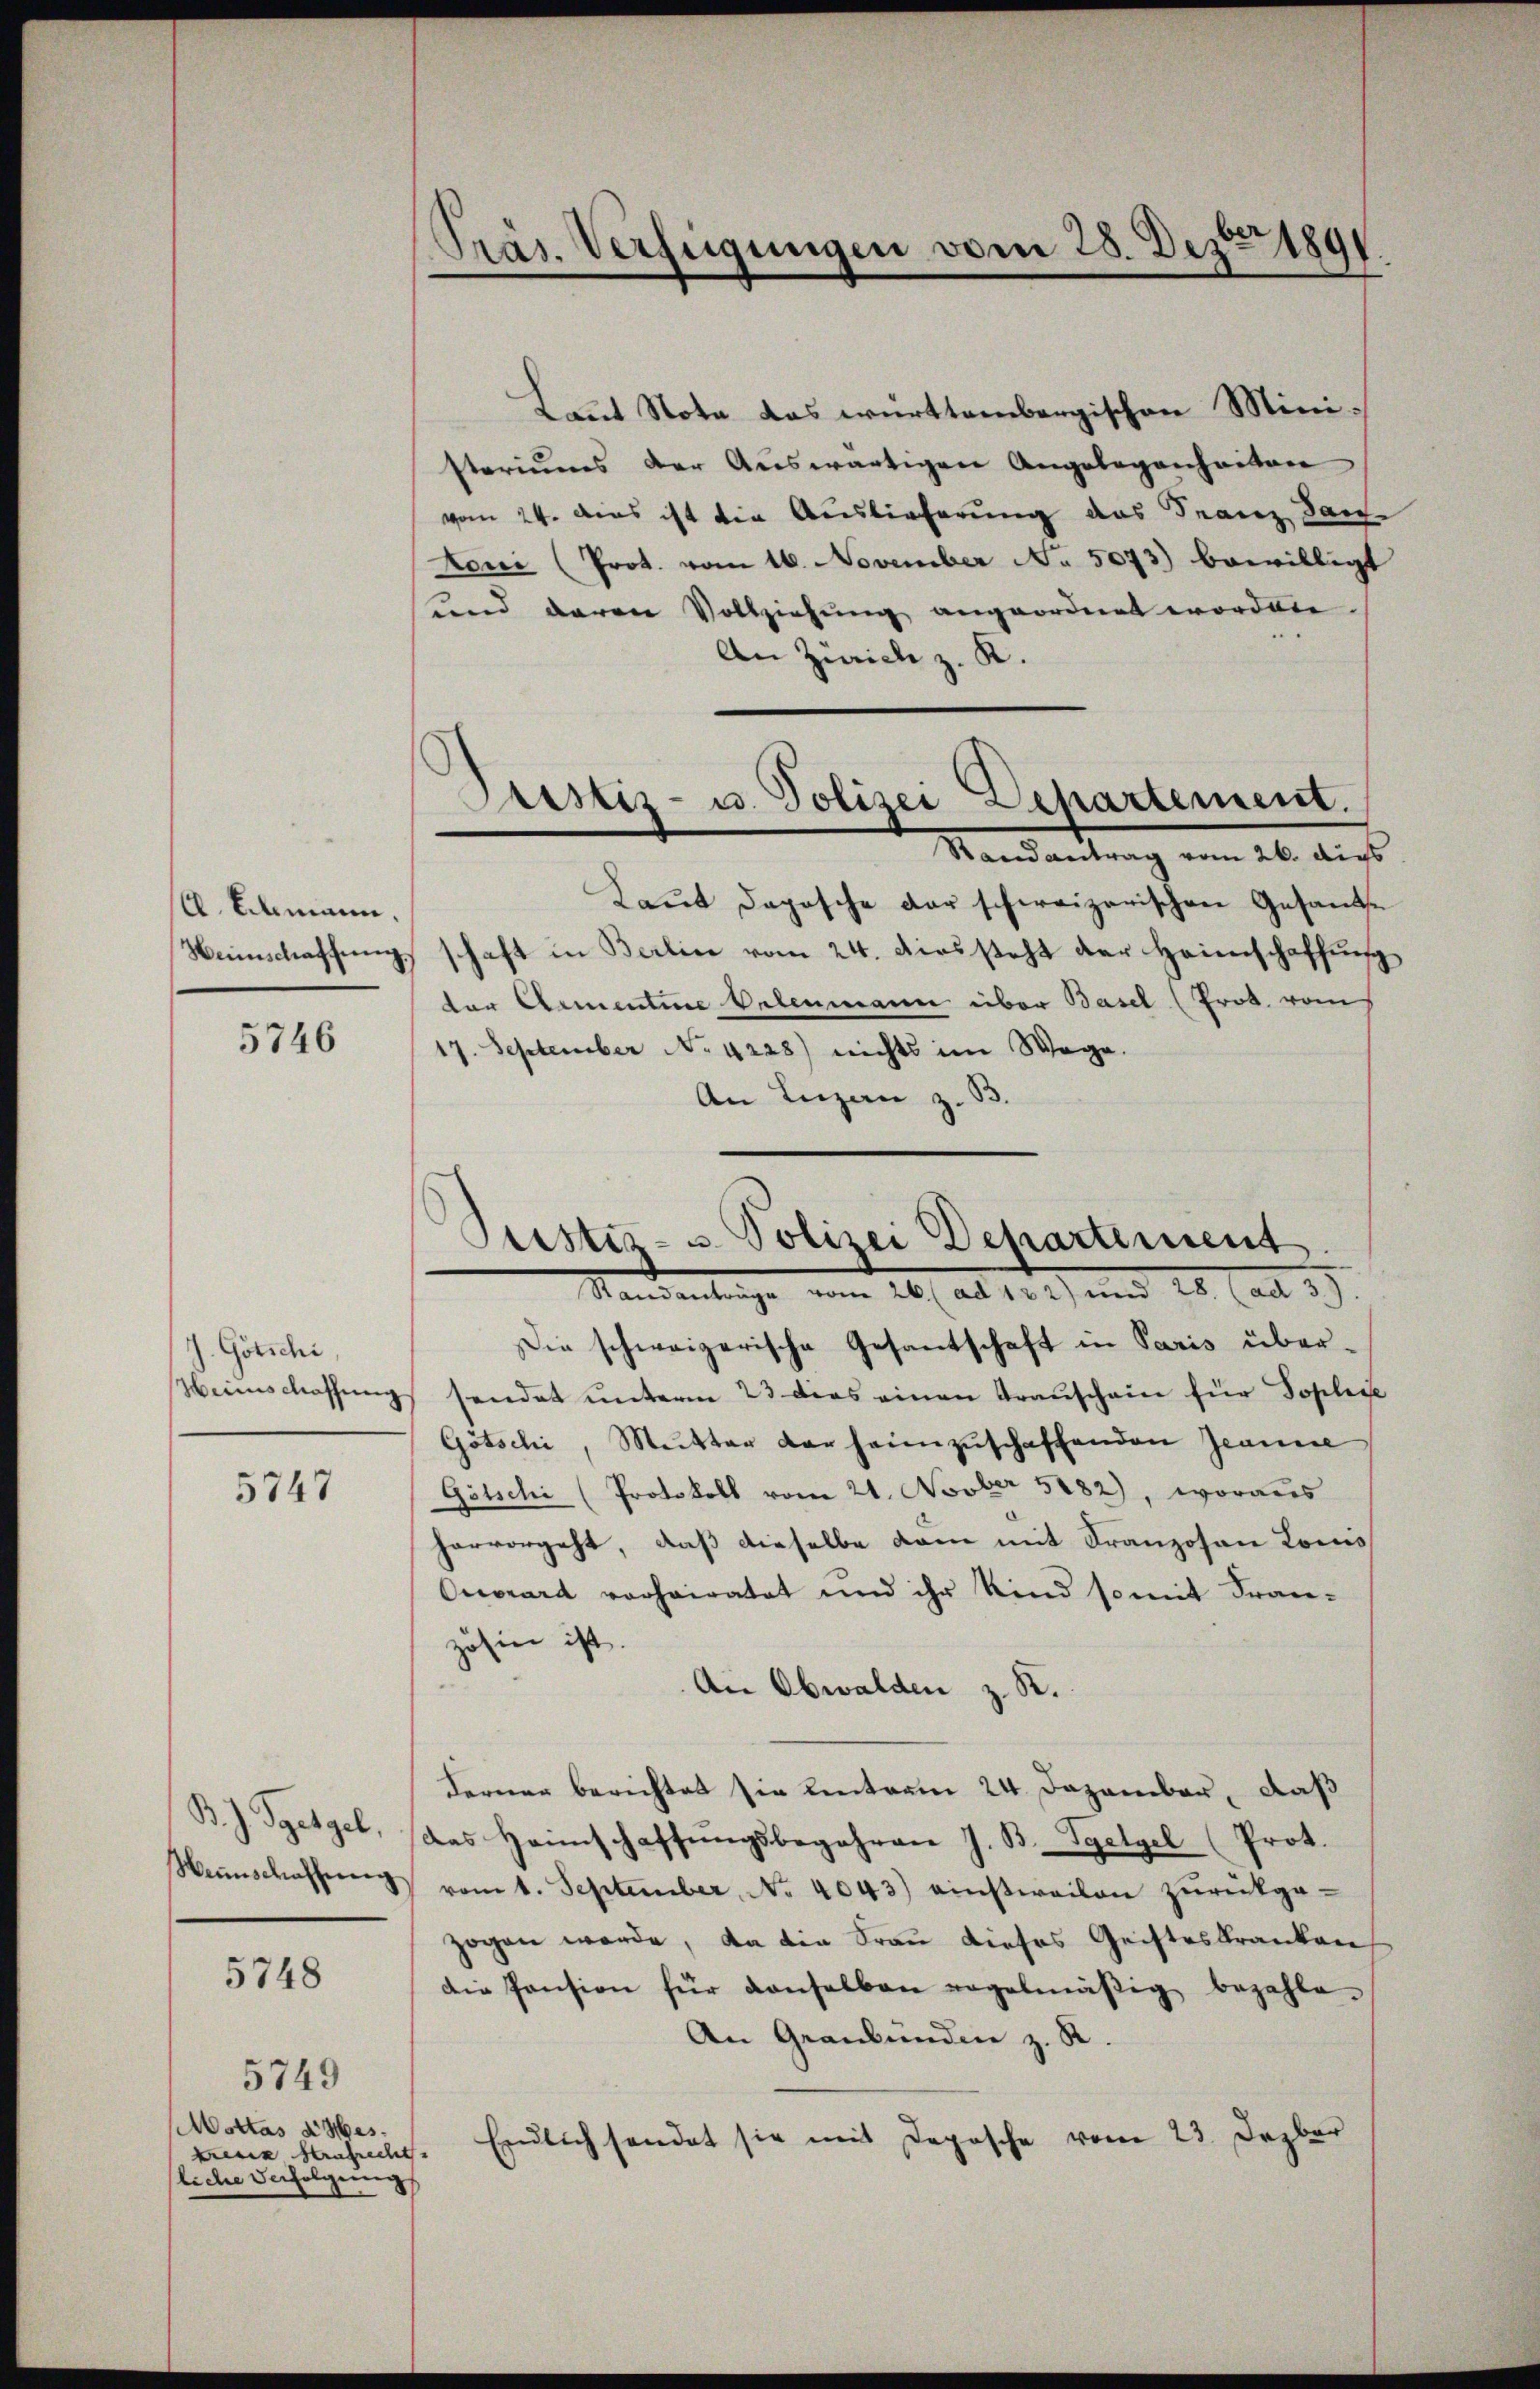
(. Elmann,
Weinschaffnung.

5746

J. Götschi,
Weinschlassung

5747

B. J. Ggetgel,
Weinschaffung

5748

5749
Mottas d Mes¬
Ferie Krafrecht.
liche Verfolgung

Präs. Verfügungen vom 28. Dez. 1891.

Laut Note das württembergischen Ministeriums der Aŭswärtigen Angelegenheiten
vom 24. das ist die Auslieferung das Franz San
kon (Prot. vom 16. November No. 5073) bewilligt
und davon Vollziehung angeordnet worden.
An Zürich z. K.
Mandantung vom 16. dies
Laŭt Daposche der schweizerischen Gesandte
schaft in Berlin vom 24. diessteht der Heimschaffung
ter Armentine Gelenmann über Basel (Frob. vom
7. September No 4228) nichts im Wege.
An Luzan z. B.
Mandantenge        26, Al. 152) und 28. (ad 3.)
Die schweizerische Gesantschaft in Paris übersendet unterm 23 dies einen Transchein für Toplice
Götschi, Mutter der heimzuschaffenden Jeanne
Götschi (Protokoll vom 21. Novber 5882), woraus
hervorgeht, daß dieselbe kam mit Franzosen Lomo¬
Quorard verheiratet und ihr Kind somit Fran-
zösin ist.
An Obwalden z. R.
Ferner berichtet sie eintram 24. Dezember, daß
das Heimschaffŭngsbegehren J. B. Tgelgel (Prot.
vom 1. September, No 4043) einstweilen zurückge-
zogen werde, da die Frau dieses Geisteskranken
die Pension für denselben regelmäβig bezahle
An Graubünden z. R.
Endlich sendet sie mit Depesche vom 23. Dezbr

Pustiz- u. Polizei Departement.

Pustiz- u. Polizei Departement.